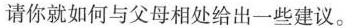
请你就如何与父母相处给出一些建议。